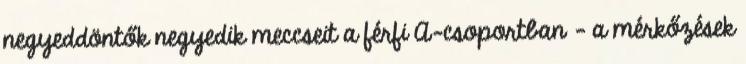
negyeddöntők negyedik meccseit a férfi A-csoportban - a mérkőzések